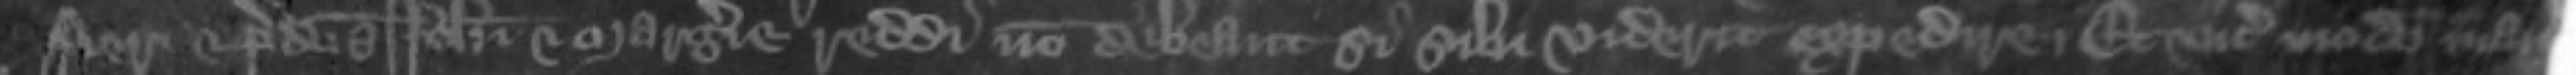
fieri et predictis Johanni et Margerie reddi non debeant si sibi viderit expedire Et vicecomes modo man